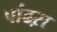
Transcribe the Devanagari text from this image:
पांढऱा